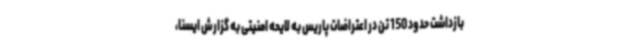
بازداشت حدود 150 تن در اعتراضات پاریس به لایحه امنیتی به گزارش ایسنا،